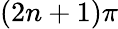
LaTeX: (2n+1)\pi